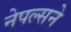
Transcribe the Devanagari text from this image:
नेपल्सने